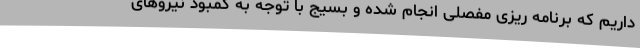
داریم که برنامه ریزی مفصلی انجام شده و بسیج با توجه به کمبود نیروهای